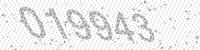
Solution: 019943